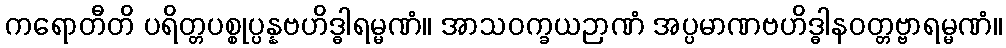
ကရောတီတိ ပရိတ္တပစ္စုပ္ပန္နဗဟိဒ္ဓါရမ္မဏံ။ အာသဝက္ခယဉာဏံ အပ္ပမာဏဗဟိဒ္ဓါနဝတ္တဗ္ဗာရမ္မဏံ။